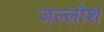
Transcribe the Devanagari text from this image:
जल्लोश